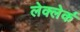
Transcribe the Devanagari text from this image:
लेक्लेर्क